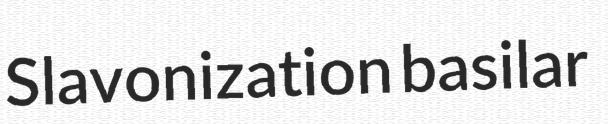
Slavonization basilar